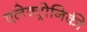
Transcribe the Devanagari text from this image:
एलेक्ट्रोनिकी